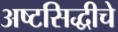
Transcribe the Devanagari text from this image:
अष्टसिद्धीचे